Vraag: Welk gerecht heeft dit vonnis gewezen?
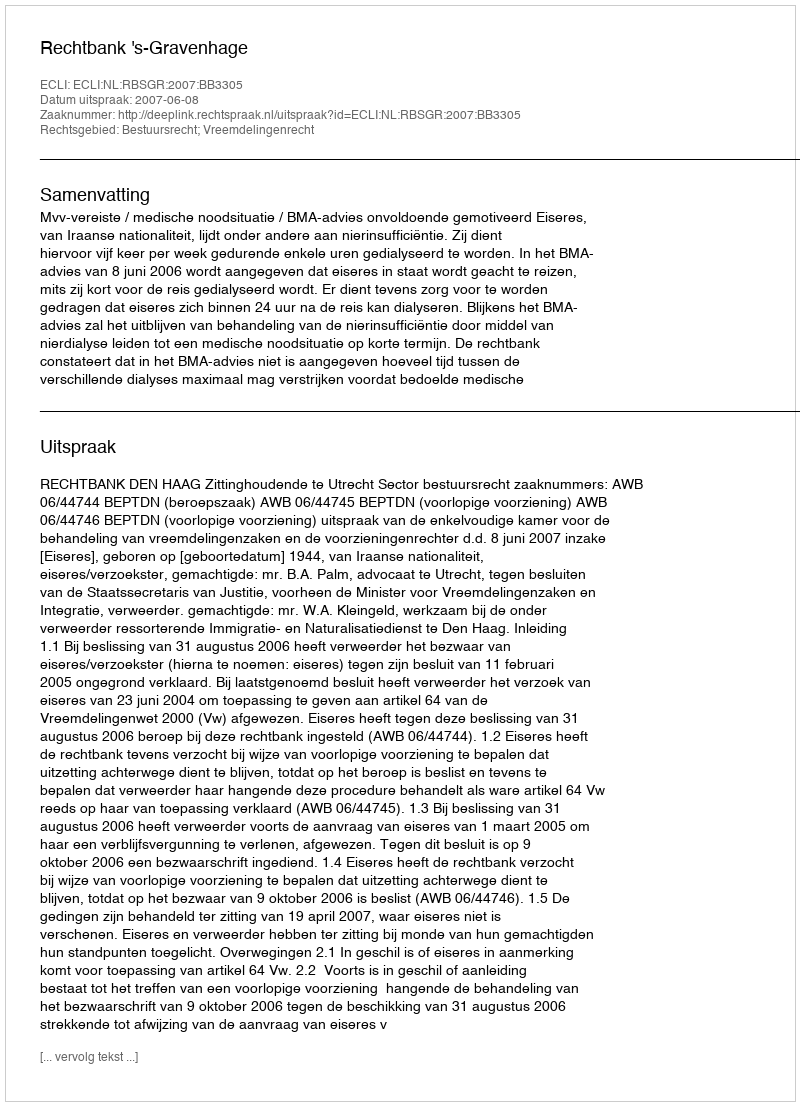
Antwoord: Rechtbank 's-Gravenhage